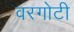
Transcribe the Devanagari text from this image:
वरगोटी